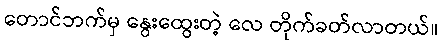
တောင်ဘက်မှ နွေးထွေးတဲ့ လေ တိုက်ခတ်လာတယ်။